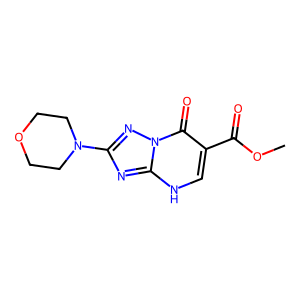
SMILES: COC(=O)c1c[nH]c2nc(N3CCOCC3)nn2c1=O
Inhibits HIV replication: No